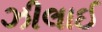
ઝીલાઈ